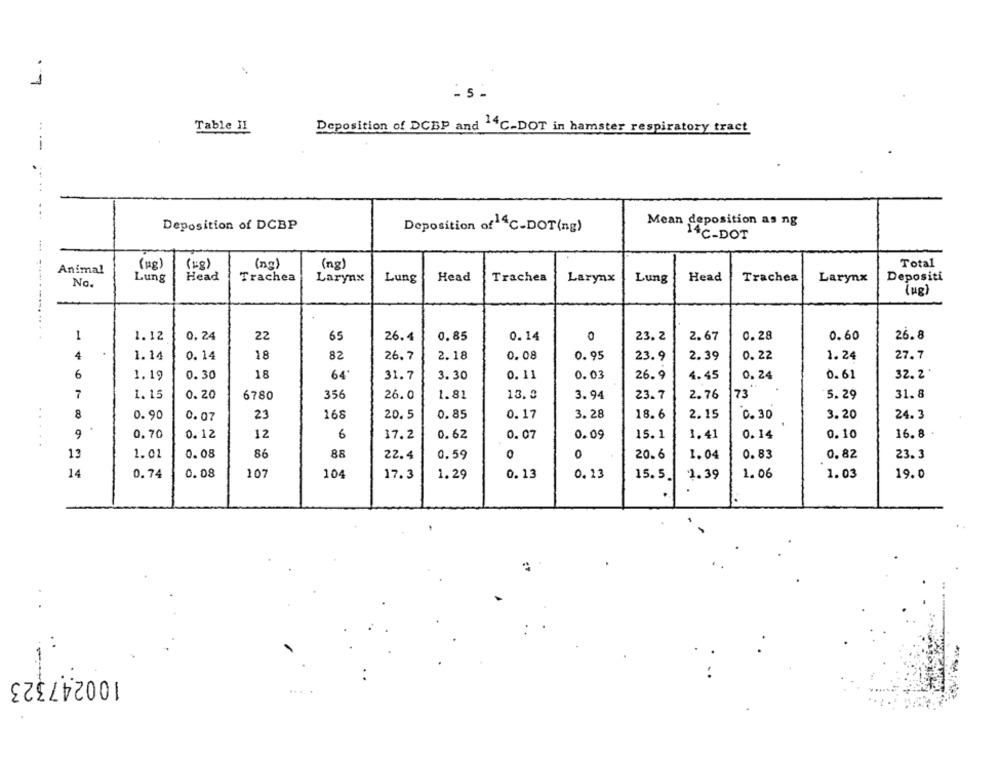
1
..
Deposition of DCBP and 14C-DOT in hamster respiratory tract
Table II
--
Deposition of DCBP
Mean deposition as ng
Deposition of 4℃-DOT(ng)
14C-DOT
(kg)
(18)
(no)
(ng)
Total
Animal
Lung
Head
Trachea
Larynx
Lung
Head
Trachea
Larynx
Lung
Head
Trachea
Larynx
Depositi
No.
(kg)
22
0
----. ... .
1
1.12
0. 24
65
26.4
0.85
0.14
23. 2
2.67
0.28
0.60
26.8
4
1.14
0.14
18
82
2.18
0.08
0. 95
0.22
1.24
27.7
26.7
23.9
2.39
6
1.19
0.30
18
64
31.7
3.30
0. 11
0.03
26.9
4.45
0.24
0.61
32. 2 '
7
1. 15
0.20
6780
356
1.81
73"
31.8
26.0
13.3
3.94
23.7
2.76
5.29
8
0.90
0.07
23
168
20.5
0. 85
0.17
3.28
18.6
2.15
C. 30
3.20
24.3
9
0.70
0.12
12
6
17.2
0.62
0.07
0.09
15.1
1.41
0.14
0.10
16.8
.....
13
1.01
0.08
86
88
22.4
0.59
0
0
20.6
1.04
0.83
0.82
23.3
14
0.74
0.08
107
104
17.3
1.29
0.13
0. 13
15. 5
1.39
1.06
1.03
19.0
100247323